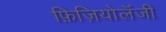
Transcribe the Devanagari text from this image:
फ़िज़ियोलॅजी